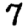
Digit: 7